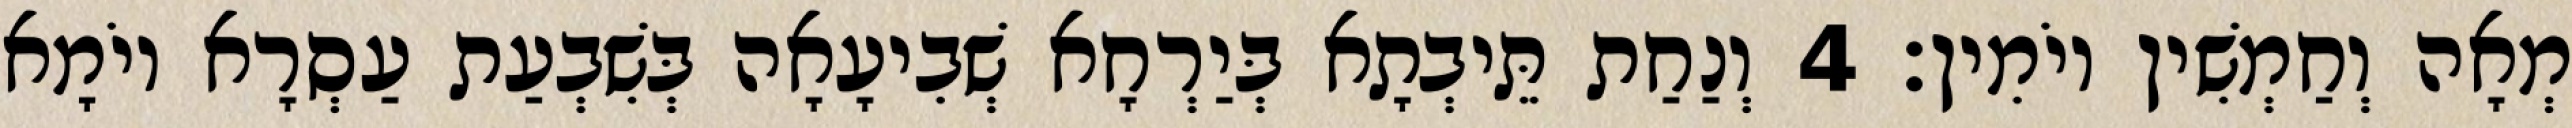
מְאָה וְחַמְשִׁין יוֹמִין׃ 4 וְנַחַת תֵּיבְתָא בְּיַרְחָא שְׁבִיעָאָה בְּשִׁבְעַת עַסְרָא יוֹמָא